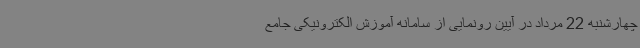
چهارشنبه 22 مرداد در آیین رونمایی از سامانه آموزش الکترونیکی جامع